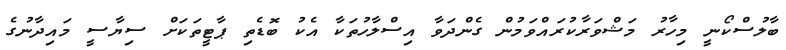
ބާލުސްކޯނީ މިހާރު މަޝްވަރާކުރައްވަމުން ގެންދަވާ އިސްލާހުތަކާ އެކު ބޮޑެތި ޕާޓީތަކަށް ސިޔާސީ މައިދާނުގެ